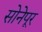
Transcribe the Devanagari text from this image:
सोनेपूर